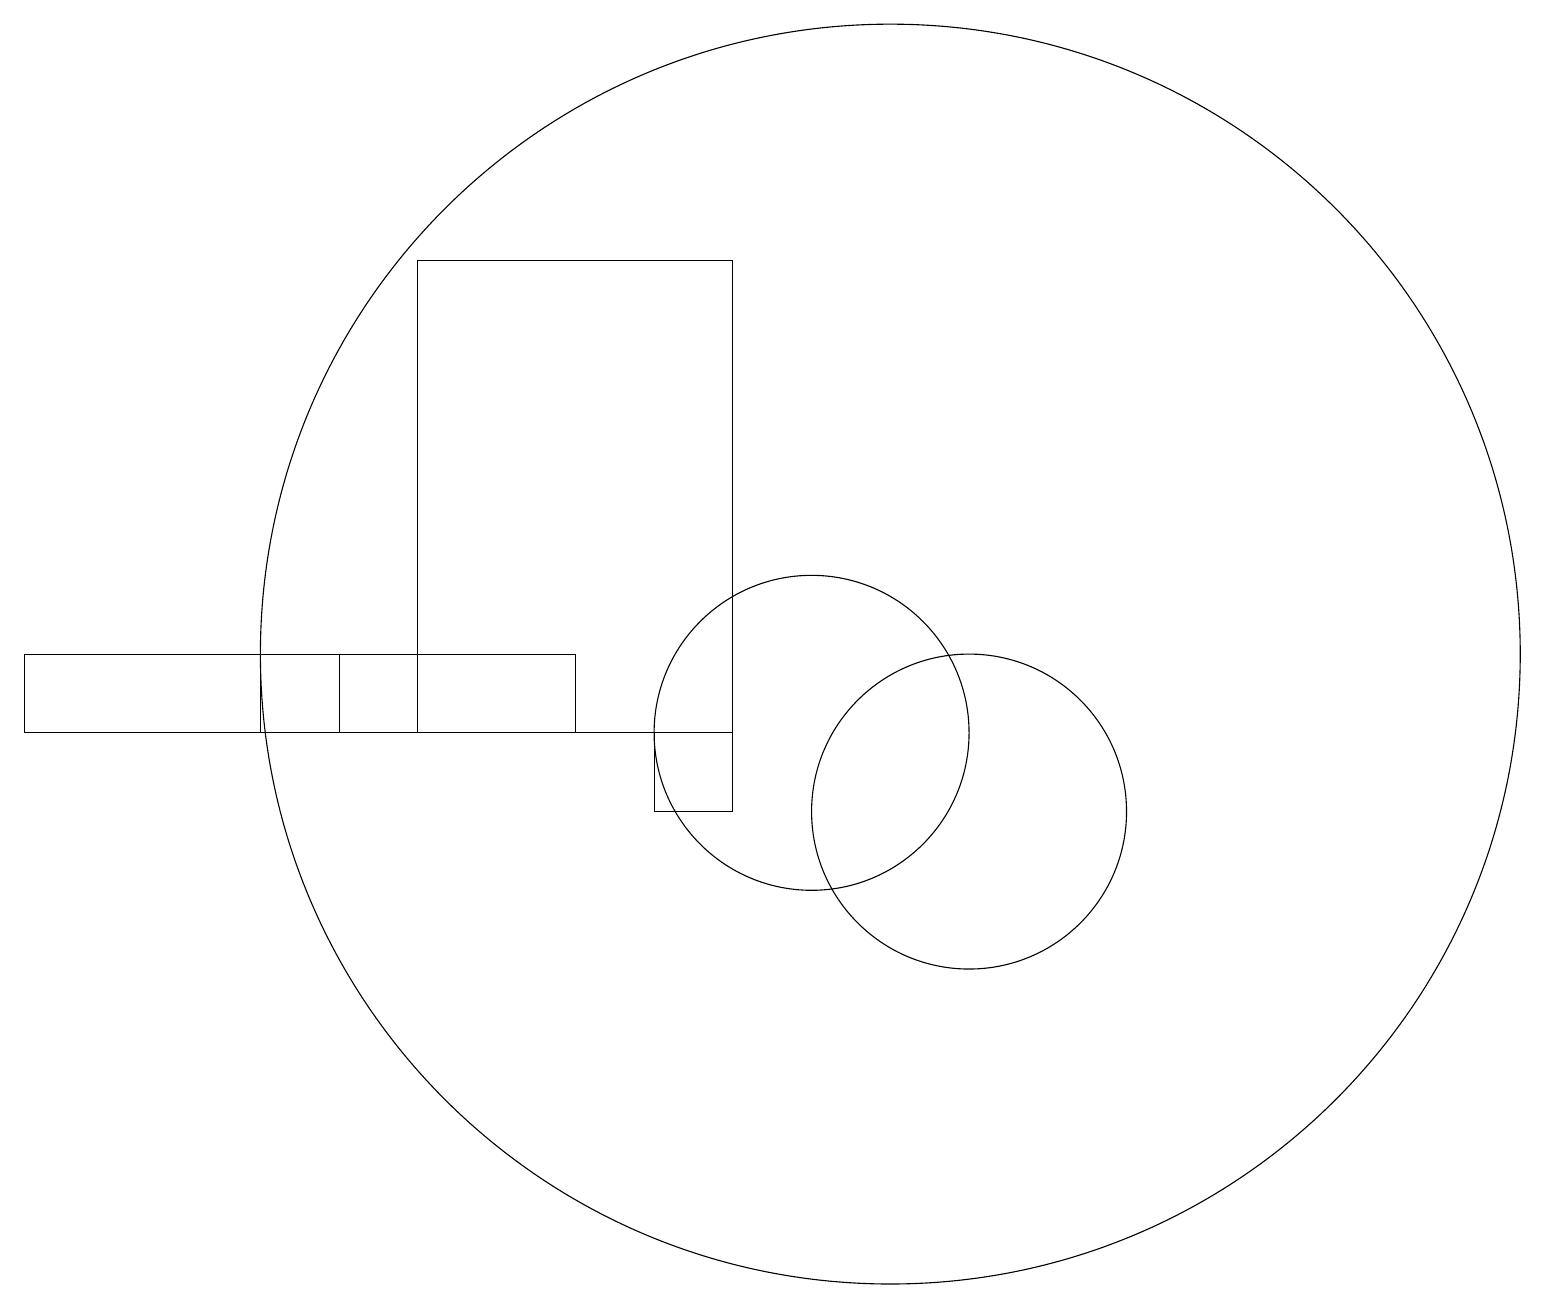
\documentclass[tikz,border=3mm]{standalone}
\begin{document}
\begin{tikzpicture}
\draw (10,11) circle (2);
\draw (7,11) rectangle (3,12);
\draw (0,11) rectangle (4,12);
\draw (11,12) circle (8);
\draw (10,11) circle (0);
\draw (12,10) circle (2);
\draw (9,10) rectangle (8,11);
\draw (5,17) rectangle (9,11);
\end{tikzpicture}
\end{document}